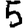
Digit: 5